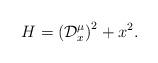
LaTeX: \begin{align*}H=\left(\mathcal{D}_{x}^{\mu}\right)^2+x^2.\end{align*}